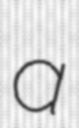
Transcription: a